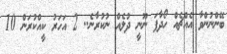
ބޭންނުންވާ އެއްޗެއް ހޯދާފަ ނޫނީ ދުލެއް ނުކުރާނެ.. 2 އަހަރު ކީއްކުރަން 10